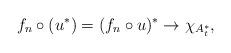
LaTeX: \begin{align*} f_n \circ (u^*) = (f_n \circ u)^* \to \chi_{A_t^*},\end{align*}